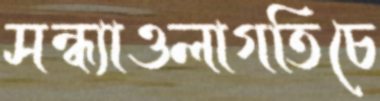
সন্ধ্যাওলাগতিচে